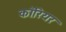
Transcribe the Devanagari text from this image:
कॉरियर